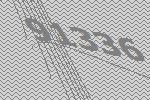
91336